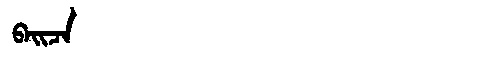
Manchu: ᠪᠠᡳᠴᠠ
Romanization: BAICA